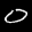
Label: 0